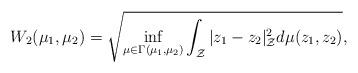
LaTeX: \begin{align*}W_{2}(\mu_{1},\mu_{2})=\sqrt{\inf_{\mu \in \Gamma(\mu_{1},\mu_{2})}\int_{\mathcal Z} | z_{1} - z_{2} |_{\mathcal Z}^{2} d\mu(z_{1},z_{2})},\end{align*}